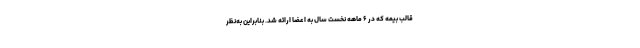
قالب بیمه که در ۶ ماهه نخست سال به اعضا ارائه شد. بنابراین به‌نظر